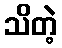
သိတဲ့